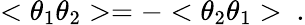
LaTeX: <\theta_{1}\theta_{2}>=-<\theta_{2}\theta_{1}>\ .